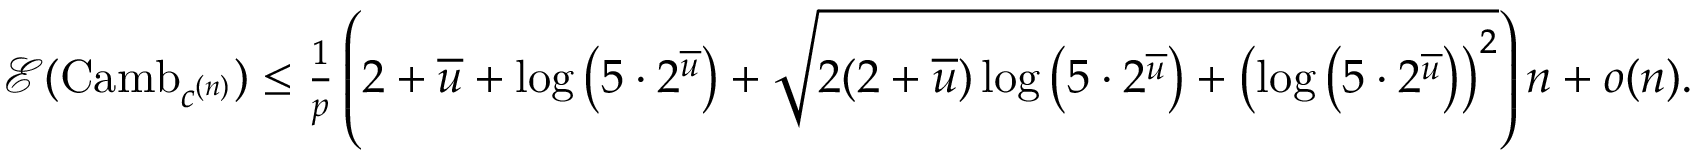
\begin{array} { r } { \mathcal E ( \mathrm { C a m b } _ { c ^ { ( n ) } } ) \leq \frac { 1 } { p } \left( 2 + \overline { { u } } + \log \left( 5 \cdot 2 ^ { \overline { { u } } } \right) + \sqrt { 2 ( 2 + \overline { { u } } ) \log \left( 5 \cdot 2 ^ { \overline { { u } } } \right) + \left( \log \left( 5 \cdot 2 ^ { \overline { { u } } } \right) \right) ^ { 2 } } \right) n + o ( n ) . } \end{array}